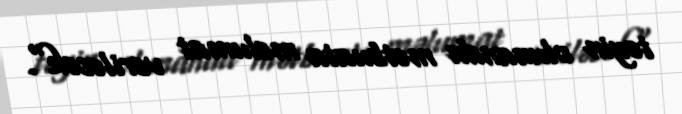
təyin olunanda mətbuata məlumat veriləcək".